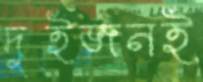
দুইজনই